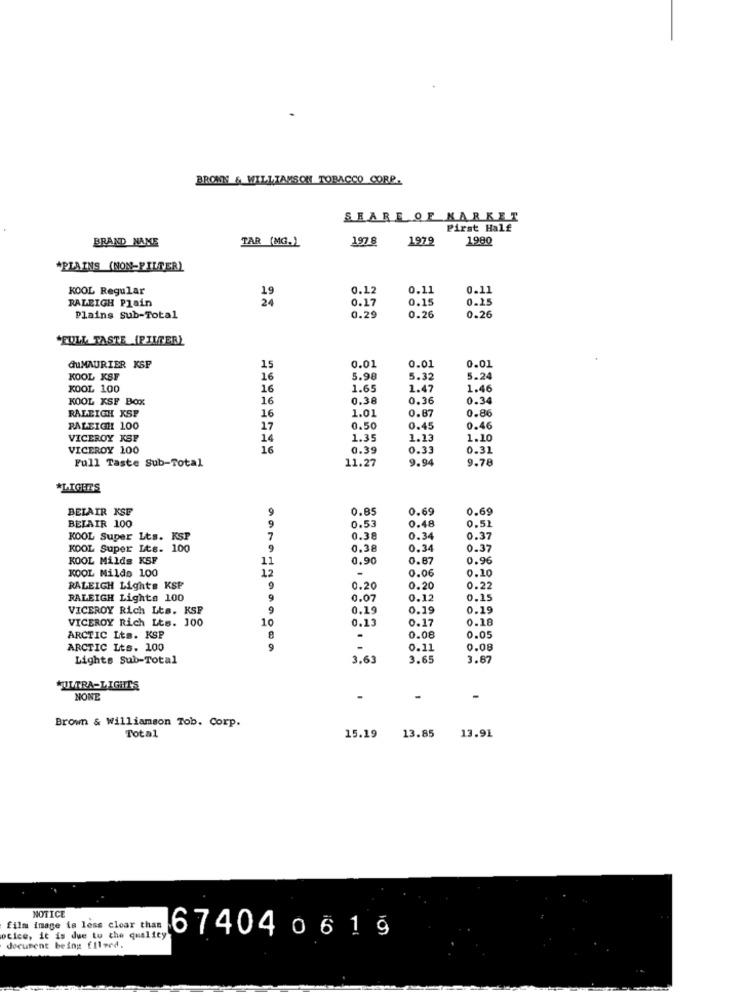
BRONN & WILLIAMSON TOBACCO CORP.
SHARE OF MARKET
Pirst Half
BRAND NAME
TAR (MG.]
197 8
1979
1980
*PLAINS (NON-PILFER)
KOOL Regular
0.12
0.11
0.11
RALEIGH Plain
0.17
0.15
0.25
Plains Sub-Total
0.29
0.26
0.26
"FULL TASTE (FILTER)
0.01
0.01
duMAURIER KSP
15
0.01
KOOL KSF
16
5.98
5.32
5.24
KOOL 100
16
1.65
1.47
1.46
KOOL KSF BOX
16
0.38
0.36
0.34
RALEIGH KSP
16
1.01
0.87
0.86
RALEIGH 100
17
0.50
0.45
0.46
VICEROY KSP
14
1.35
1.13
1.10
VICEROY 100
16
0.39
0.33
0.31
Full Taste Sub-Total
11.27
9.94
9.78
*LIGUE'S
BELAIR KSE
9
0.85
0.69
0.69
BELAIR 100
0.53
0.48
0.51
9
KOOL Super Lts. KSP
7
0.38
0.34
0.37
KOOL Super Lts. 100
9
0.38
0.34
0.37
KOOL Milde K5F
11
0.90
0.87
0.96
KOOL Milds 100
12
0.06
0.10
RALEIGH Lights KSP
9
0.20
0.20
0.22
RALEIGH Lights 100
9
0.07
0.1
0.15
VICEROY Rich Lts. KSP
9
0.19
0.19
0.19
VICEROY Rich Lts. 100
10
0.13
0.17
0.18
ARCTIC Lts. KSP
0.08
0.05
ARCTIC Lts. 100
9
0.11
0.08
Lights Sub-Total
3.63
3.65
3.87
ULTRA-LIGHTIS
NONE
-
Brown & Williamson Tob. Corp.
Total
15.19
13.85
13.91
NOTICE
film image is less clear than
otice, it is due to the quality
document being [11ved.
167404 0 6 1 9